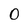
Character: O